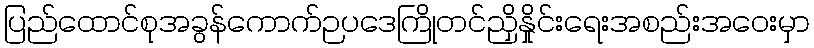
ပြည်ထောင်စုအခွန်ကောက်ဉပဒေကြိုတင်ညှိနှိုင်းရေးအစည်းအဝေးမှာ